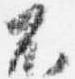
不